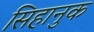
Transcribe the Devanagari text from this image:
सिहानुक